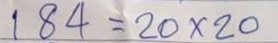
184 = 20 x 20